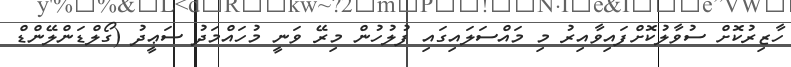
ހާޒިރުކޮށް ސުވާލުކޮށްފައިވާއިރު މި މައްސަލައިގައި ފުލުހުން މިރޭ ވަނީ މުހައްމަދު ސަޢީދު (ގޯލްޑަންލޭންޑް